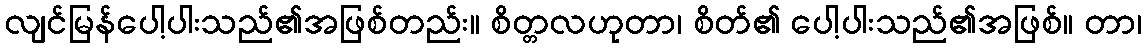
လျင်မြန်ပေါ့ပါးသည်၏အဖြစ်တည်း။ စိတ္တလဟုတာ၊ စိတ်၏ ပေါ့ပါးသည်၏အဖြစ်။ တာ၊